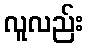
လူလည်း